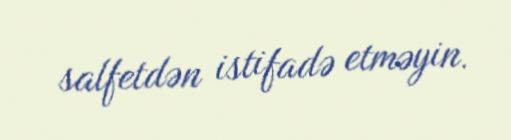
salfetdən istifadə etməyin.